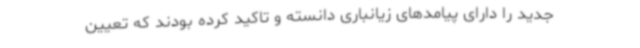
جدید را دارای پیامدهای زیانباری دانسته و تاکید کرده بودند که تعیین